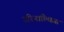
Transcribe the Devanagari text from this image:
उरिनाल्य्सिस